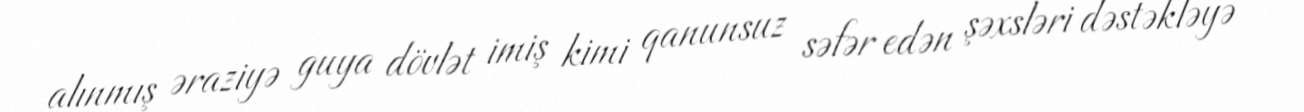
alınmış əraziyə guya dövlət imiş kimi qanunsuz səfər edən şəxsləri dəstəkləyə